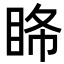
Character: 𥅹